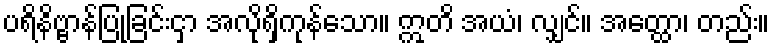
ပရိနိဗ္ဗာန်ပြုခြင်းငှာ အလိုရှိကုန်သော။ ဣတိ အယံ၊ လျှင်။ အတ္ထော၊ တည်း။